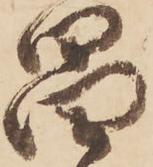
昌